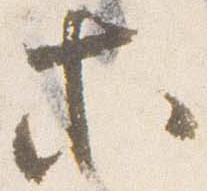
等